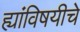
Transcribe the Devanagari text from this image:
ह्यांविषयीचे